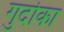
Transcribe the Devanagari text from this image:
गुर्दाका